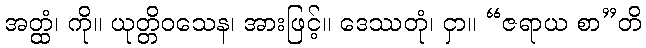
အတ္ထံ၊ ကို။ ယုတ္တိဝသေန၊ အားဖြင့်။ ဒေဿတုံ၊ ငှာ။ “ဇရာယ စာ”တိ